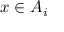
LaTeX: x \in A _ { i }